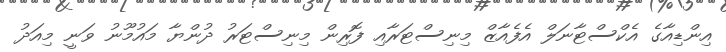
އިންޑިއާގެ އެކްސްޓާނަލް އެފެއާޒް މިނިސްޓަރާއި ފޮރިން މިނިސްޓަރު ދުންޔާ މައުމޫނު ވަނީ މިއަދު